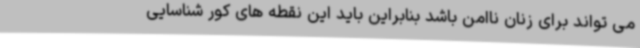
می تواند برای زنان ناامن باشد بنابراین باید این نقطه های کور شناسایی